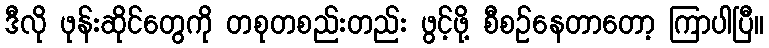
ဒီလို ဖုန်းဆိုင်တွေကို တစုတစည်းတည်း ဖွင့်ဖို့ စီစဉ်နေတာတော့ ကြာပါပြီ။